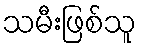
သမီးဖြစ်သူ